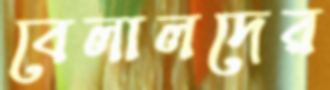
বেলালদের